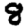
Digit: 8